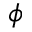
\phi